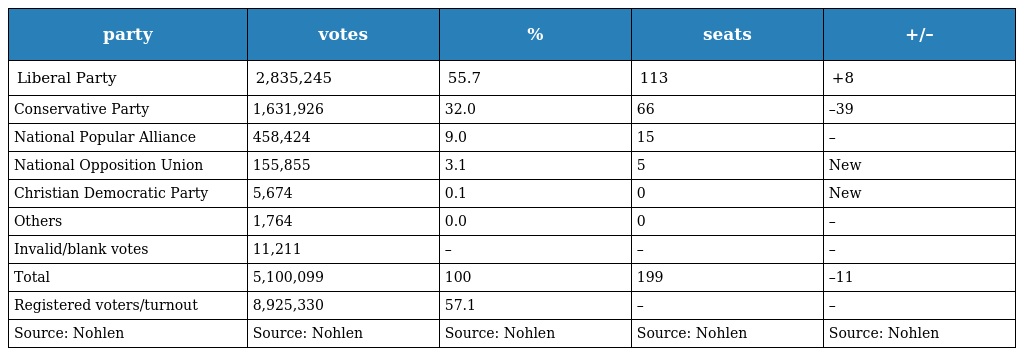
| party | votes | % | seats | +/– |
 | --- | --- | --- | --- | --- |
 | Liberal Party | 2,835,245 | 55.7 | 113 | +8 |
 | Conservative Party | 1,631,926 | 32.0 | 66 | –39 |
 | National Popular Alliance | 458,424 | 9.0 | 15 | – |
 | National Opposition Union | 155,855 | 3.1 | 5 | New |
 | Christian Democratic Party | 5,674 | 0.1 | 0 | New |
 | Others | 1,764 | 0.0 | 0 | – |
 | Invalid/blank votes | 11,211 | – | – | – |
 | Total | 5,100,099 | 100 | 199 | –11 |
 | Registered voters/turnout | 8,925,330 | 57.1 | – | – |
 | Source: Nohlen | Source: Nohlen | Source: Nohlen | Source: Nohlen | Source: Nohlen |